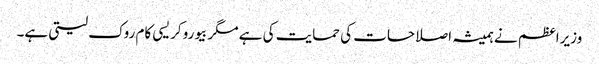
وزیراعظم نے ہمیشہ اصلاحات کی حمایت کی ہے مگر بیوروکریسی کام روک لیتی ہے۔